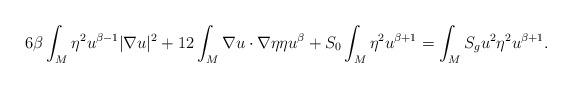
LaTeX: \begin{align*}6\beta\int_M\eta^2u^{\beta-1}|\nabla u|^2 +12\int_M \nabla u\cdot\nabla \eta \eta u^{\beta} +S_0\int_M\eta^2u^{\beta+1} =\int_MS_gu^2\eta^2u^{\beta+1}.\end{align*}